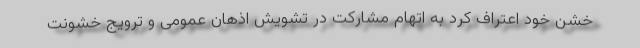
خشن خود اعتراف کرد به اتهام مشارکت در تشویش اذهان عمومی و ترویج خشونت